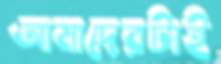
আমাদেরটাই